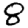
Digit: 8